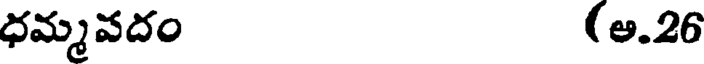
ధమ్మవదం (అ.26